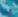
هنا